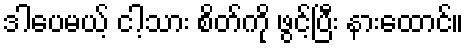
ဒါပေမယ့် ငါ့သား စိတ်ကို ဖွင့်ပြီး နားထောင်။